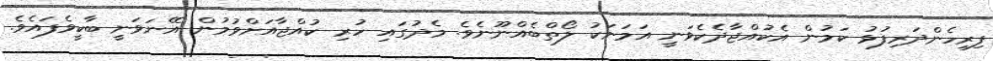
ފިރިހެންދަރިފުޅު ކަމުން އެކުއްޖާދެކެވަނީ އަމަށަކު ލޯތްބެއްނޫނެވެ. މެދުގައި ހުރި ކުއްޖާއަށްވުމުން އޭނަވަނީ ބާކީވެފައެވެ.